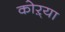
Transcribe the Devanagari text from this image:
कोऱ्‍या